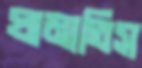
ঘামাতিস